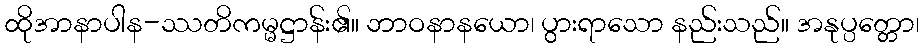
ထိုအာနာပါန-ဿတိကမ္မဋ္ဌာန်း၏။ ဘာဝနာနယော၊ ပွားရာသော နည်းသည်။ အနုပ္ပတ္တော၊